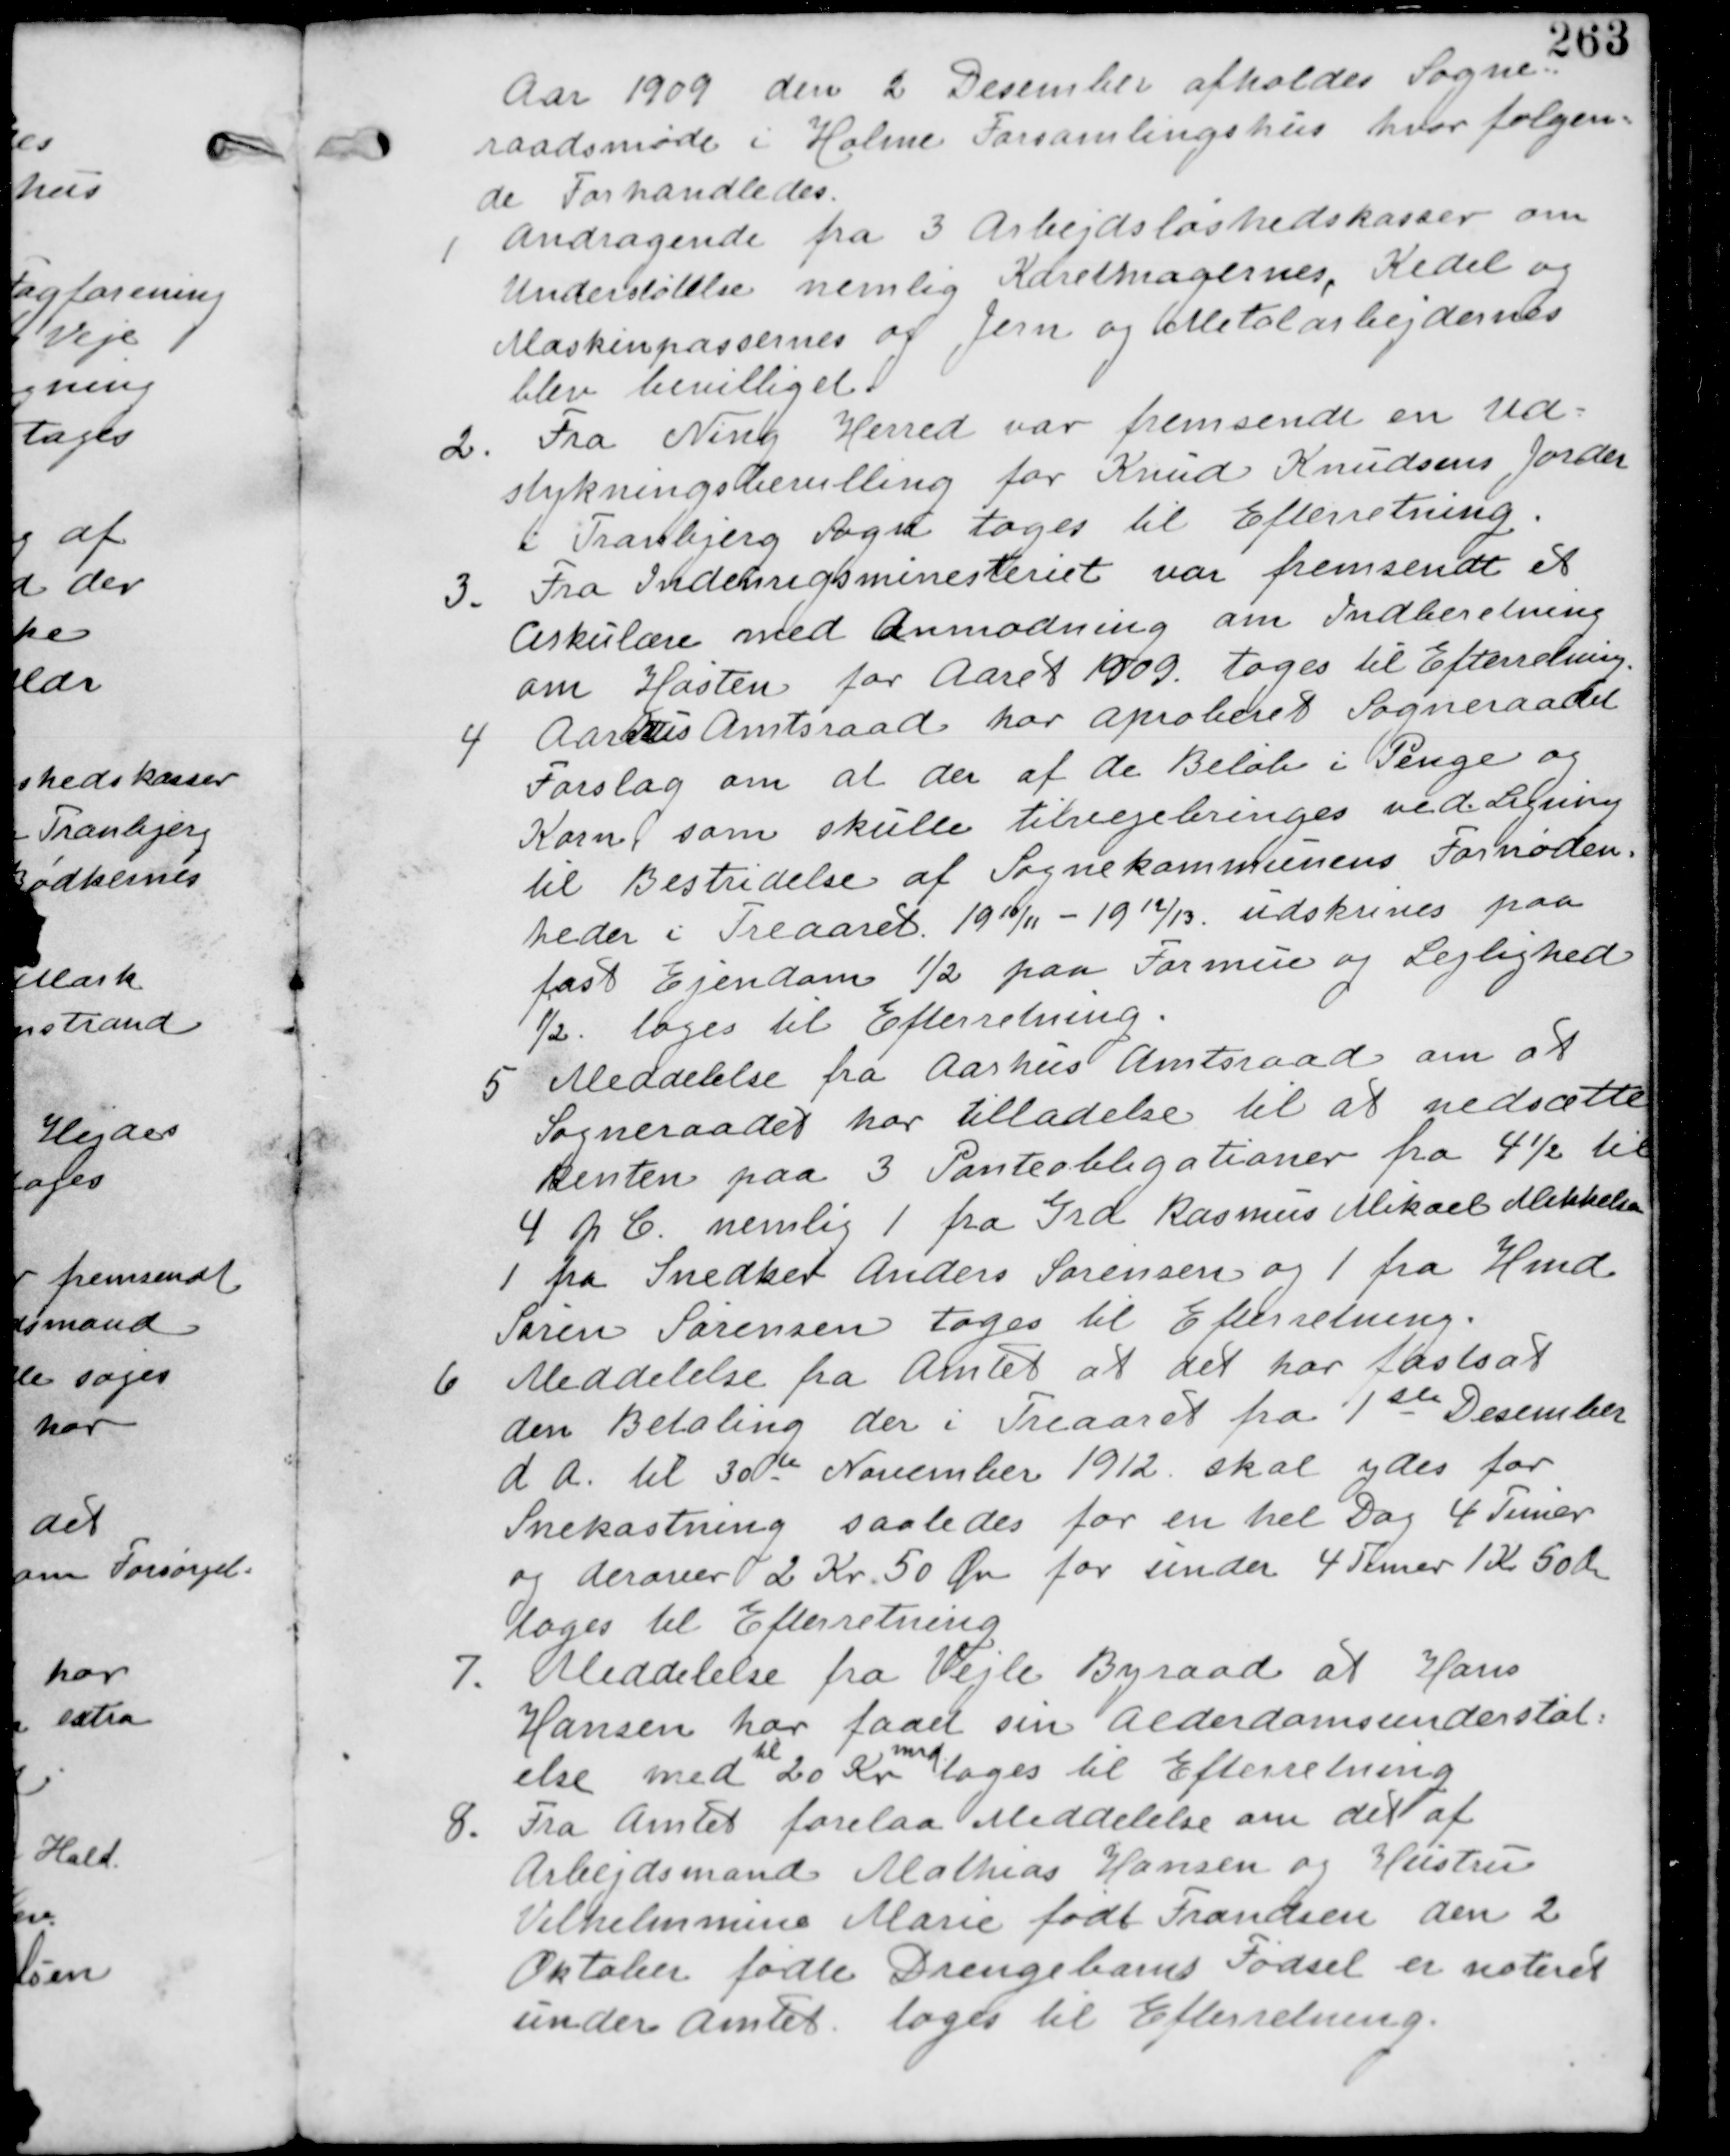
Transskription:
Aar 1909 den 2. December afholdes Sogne-
raadsmøde i Holme Forsamlingshus hvor følgen-
de Forhandledes.

1 Andragende fra 3 Arbejdsløshedskasser om
Understøttelse nemlig Karetmagernes, Kedel og
Maskinpassernes og Jern og Metalarbejdernes
blev bevilliget.

2. Fra Ning Herred var var fremsendt en Ud-
stykingsbevilling for Knud Knudsens Jorder
i Tranbjerg Sogn tages til Efterretning.

3. Fra Indenrigsministeriet var fremsendt et
Cirkulære med Anmodning om Indberetning
om Høsten for Aaret 1909 tages til Efterretning.

4. Aarhus Amtsraad har aproberet Sogneraadets
Forslag om der af de Beløb i Penge og
Kornet som skulle tilvejebringes ved Ligning
til Bestridelse af Sognekommunens Fornøden-
heder i Treaaret 19 10/11 - 19 12/13 udskrives paa
fast Ejendom 1/2 paa Formue og Lejlighed
1/1. tages til Efterretning

5 Meddelelse fra Aarhus Amtsraad om at
Sogneraadet har tilladelse til at nedsætte
Renten paa 3 Panteobligationer fra 4½ til
4 p C nemlig 1 fra Grd Rasmus Mikael Mikkelsen
1 fra Snedker Anders Sørensen og 1 fra Hmd
Søren Sørensen tages til Efterretning.

6 Meddelelse fra Amtet at det har fastsat
den Betaling der i Treaaret fra 1ste December
dA. til 30te November 1912 skal ydes for
Snekastning saaledes for en hel Dag 4 Timer
og Derover 2 Kr 50 Øre for under 4 Timer 1 Kr 50 Øre
tages til Efterretning.

7. Meddelelse fra Vejle Byraad at Hans
Hansen har faaet Alderdomsunderstøt-
else med
til
20 Kr
Mdr
tages til Efterretning

8. Fra Amtet forelaa Meddelelse om det af
Arbejdsmand Mathias Hansen og Hustru
Vilhelmmine Marie født Frandsen den 2
Oktober fødte Drengebarns Fødsel er noteret
under Amtet tages til Efterretning.